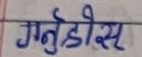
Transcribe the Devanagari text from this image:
गर्नुहोस्